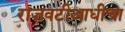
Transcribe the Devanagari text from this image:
राजवटीआधीचा